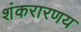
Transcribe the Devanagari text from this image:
शंकरारणय